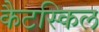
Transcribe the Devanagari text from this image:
कैटस्किल